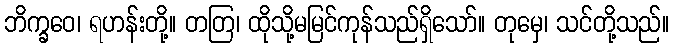
ဘိက္ခဝေ၊ ရဟန်းတို့။ တတြ၊ ထိုသို့မမြင်ကုန်သည်ရှိသော်။ တုမှေ၊ သင်တို့သည်။